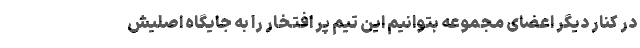
در کنار دیگر اعضای مجموعه بتوانیم این تیم پر افتخار را به جایگاه اصلیش